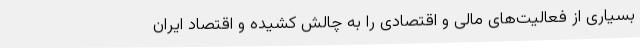
بسیاری از فعالیت‌های مالی و اقتصادی را به چالش کشیده و اقتصاد ایران